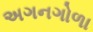
અગનગોળા